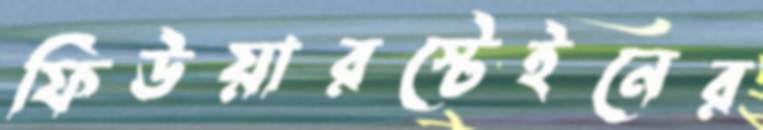
ফিউয়ারস্টেইনের